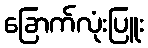
ခြောက်လုံးပြူး